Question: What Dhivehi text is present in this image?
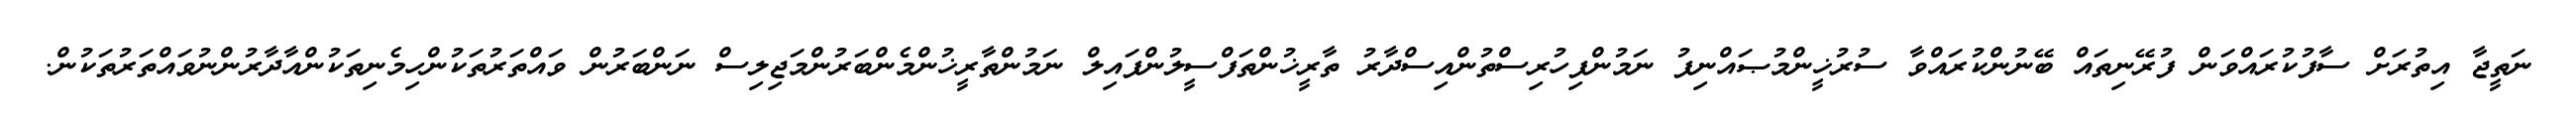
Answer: ނަތީޖާ އިތުރަށް ސާފުކުރައްވަން ފުރޭނިތައް ބޭނުންކުރައްވާ ސުރުޚީންމުޞައްނިފު ނަމުންފިހުރިސްތުންއިސްދާރު ތާރީޚުންތަފްސީލުންފައިލް ނަމުންތާރީޚުންމެންބަރުންމަޖިލިސް ނަންބަރުން ވައްތަރުތަކުންހިމެނިތަކުންއާދާރުންނުވައްތަރުތަކުން.